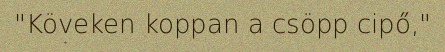
"Köveken koppan a csöpp cipő,"